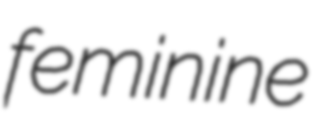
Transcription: feminine